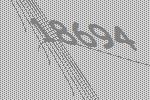
18694